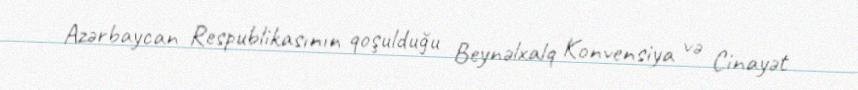
Azərbaycan Respublikasının qoşulduğu Beynəlxalq Konvensiya və Cinayət